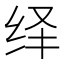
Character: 绎